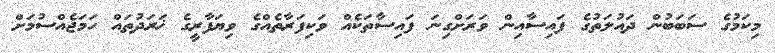
މިކަމުގެ ސަބަބުން ދައުލަތުގެ ފައިސާއިން ވަރަށްގިނަ ފައިސާތަކެއް ވަކިފަރާތެއްގެ ވިޔަފާރީގެ ޚަރަދުތައް ހަމަޖެއްސުމަށް